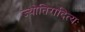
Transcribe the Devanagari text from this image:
ज्योतिरादित्यः